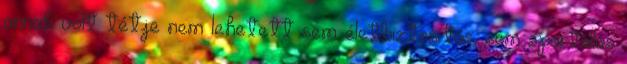
annak volt tétje nem lehetett sem életbiztosítás, sem sportállás